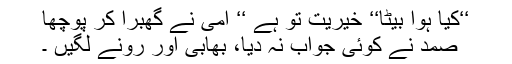
‘‘کیا ہوا بیٹا‘‘ خیریت تو ہے ‘‘ امی نے گھبرا کر پوچھا
صمد نے کوئی جواب نہ دیا، بھابی اور رونے لگیں ۔